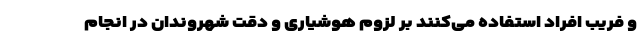
و فریب افراد استفاده می‌کنند بر لزوم هوشیاری و دقت شهروندان در انجام